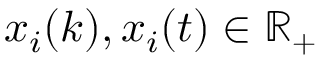
x _ { i } ( k ) , x _ { i } ( t ) \in \ensuremath { \mathbb { R } } _ { + }